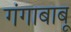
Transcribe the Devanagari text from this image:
गंगाबाबू